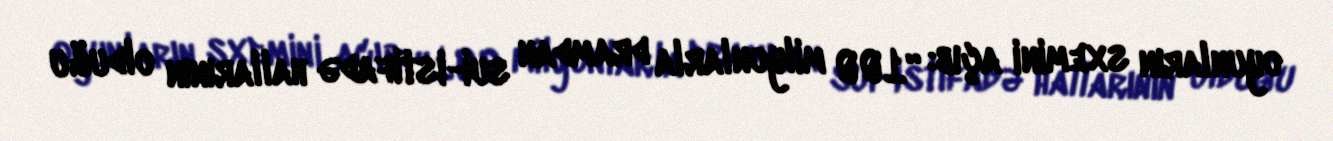
oyunların sxemini açıb: “100 milyonlarla dramdan sui-istifadə hallarının olduğu